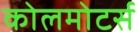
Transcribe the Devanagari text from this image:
कोलमोटर्स